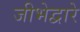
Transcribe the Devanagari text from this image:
जीभेद्वारे